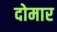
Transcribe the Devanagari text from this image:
दोमार